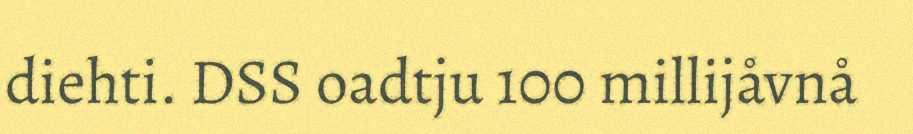
diehti. DSS oadtju 100 millijåvnå